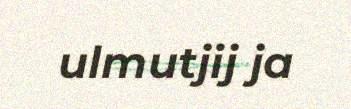
ulmutjij ja